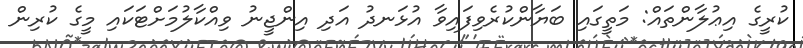
ކުރީގެ އިޢުލާންތައް: މަތީގައި ބަޔާންކުރެވިފައިވާ އުޅަނދު އަދި އިންޖީނު ވިއްކާލުމަށްޓަކައި މީގެ ކުރިން